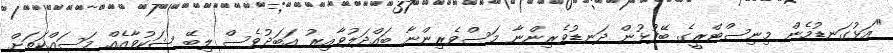
"އަޅުގަނޑުމެން މިނިސްޓްރީގެ ބޭފުޅުން ދަނޑުވެރިންނާ މަސްވެރިންނާ ބައްދަލުވާއިރު އަބަދުވެސް ލިބޭ ޝަކުވާއެއް މަސައްކަތަށް